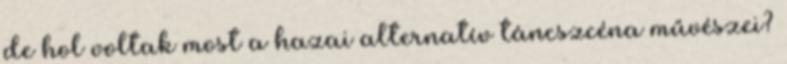
de hol voltak most a hazai alternatív táncszcéna művészei?